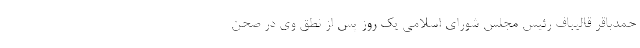
حمدباقر قالیباف رئیس مجلس شورای اسلامی یک روز پس از نطق وی در صحن